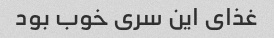
غذای این سری خوب بود